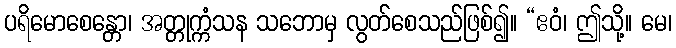
ပရိမောစေန္တော၊ အတ္တုက္ကံသန သဘောမှ လွတ်စေသည်ဖြစ်၍။ “ဧဝံ၊ ဤသို့။ မေ၊